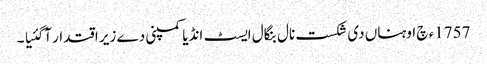
1757ء چ اوہناں دی شکست نال بنگال ایسٹ انڈیا کمپنی دے زیر اقتدار آگئیا ۔